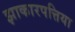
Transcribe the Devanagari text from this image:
झाकारपत्तिया